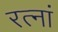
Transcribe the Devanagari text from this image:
रत्‍नां